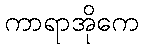
ကာရာအိုကေ